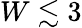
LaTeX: W\lesssim 3